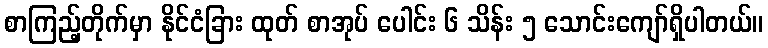
စာကြည့်တိုက်မှာ နိုင်ငံခြား ထုတ် စာအုပ် ပေါင်း ၆ သိန်း ၅ သောင်းကျော်ရှိပါတယ်။